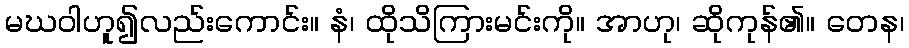
မဃဝါဟူ၍လည်းကောင်း။ နံ၊ ထိုသိကြားမင်းကို။ အာဟု၊ ဆိုကုန်၏။ တေန၊